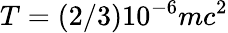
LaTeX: T=(2/3)10^{-6}mc^{2}